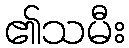
၏သမီး